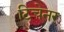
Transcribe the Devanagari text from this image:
टिचेनर